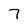
Character: 7